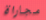
مجاراة